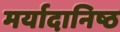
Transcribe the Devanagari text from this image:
मर्यादानिष्ठ